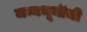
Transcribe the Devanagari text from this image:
जन्मभूमीची